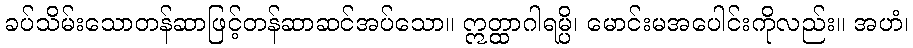
ခပ်သိမ်းသောတန်ဆာဖြင့်တန်ဆာဆင်အပ်သော။ ဣတ္ထာဂါရမ္ပိ၊ မောင်းမအပေါင်းကိုလည်း။ အဟံ၊